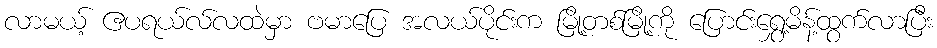
လာမယ့် ဧပရယ်လ်လထဲမှာ ဗမာပြေ အလယ်ပိုင်းက မြို့တစ်မြို့ကို ပြောင်းရွှေ့မိန့်ထွက်လာပြီး